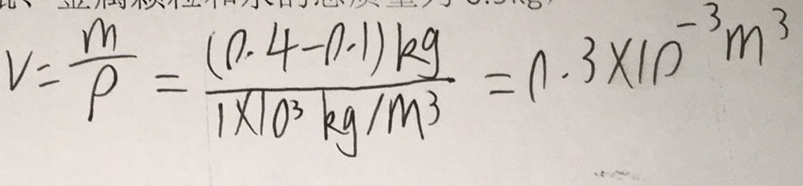
V = \frac { m } { \rho } = \frac { ( 0 . 4 - 0 . 1 ) k g } { 1 \times 1 0 ^ { 3 } k g / m ^ { 3 } } = 0 . 3 \times 1 0 ^ { - 3 } m ^ { 3 }